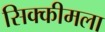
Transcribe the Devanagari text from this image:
सिक्कीमला